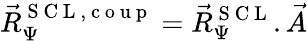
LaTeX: \vec{R}_{\Psi}^{\mathrm{~S~C~L~,~c~o~u~p~}}=\vec{R}_{\Psi}^{\mathrm{~S~C~L~}}.\vec{A}